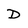
Character: D